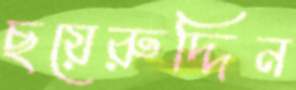
ছয়েরুদ্দিন